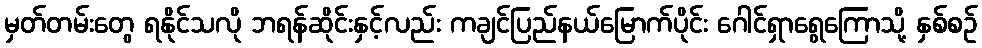
မှတ်တမ်းတွေ ရနိုင်သလို ဘရန်ဆိုင်းနှင့်လည်း ကချင်ပြည်နယ်မြောက်ပိုင်း ဂေါင်ရှာရွေကြောသို့ နှစ်စဉ်